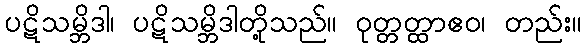
ပဋိသမ္ဘိဒါ၊ ပဋိသမ္ဘိဒါတို့သည်။ ဝုတ္တတ္ထာဧဝ၊ တည်း။